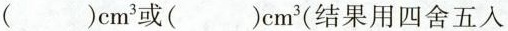
()cm ^ { 3 }或()cm ^ { 3 }（结果用四舍五入